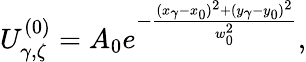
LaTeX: U_{\gamma,\zeta}^{(0)}=A_{0}e^{-\frac{(x_{\gamma}-x_{0})^{2}+(y_{\gamma}-y_{0})^{2}}{w_{0}^{2}}},